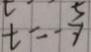
t = - \frac { 5 } { 7 }